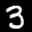
Label: 3